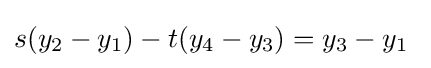
s(y_{2}-y_{1})-t(y_{4}-y_{3})=y_{3}-y_{1}\